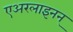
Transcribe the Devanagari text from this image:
एअरलाइनन्